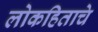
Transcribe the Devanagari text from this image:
लोकहिताचे